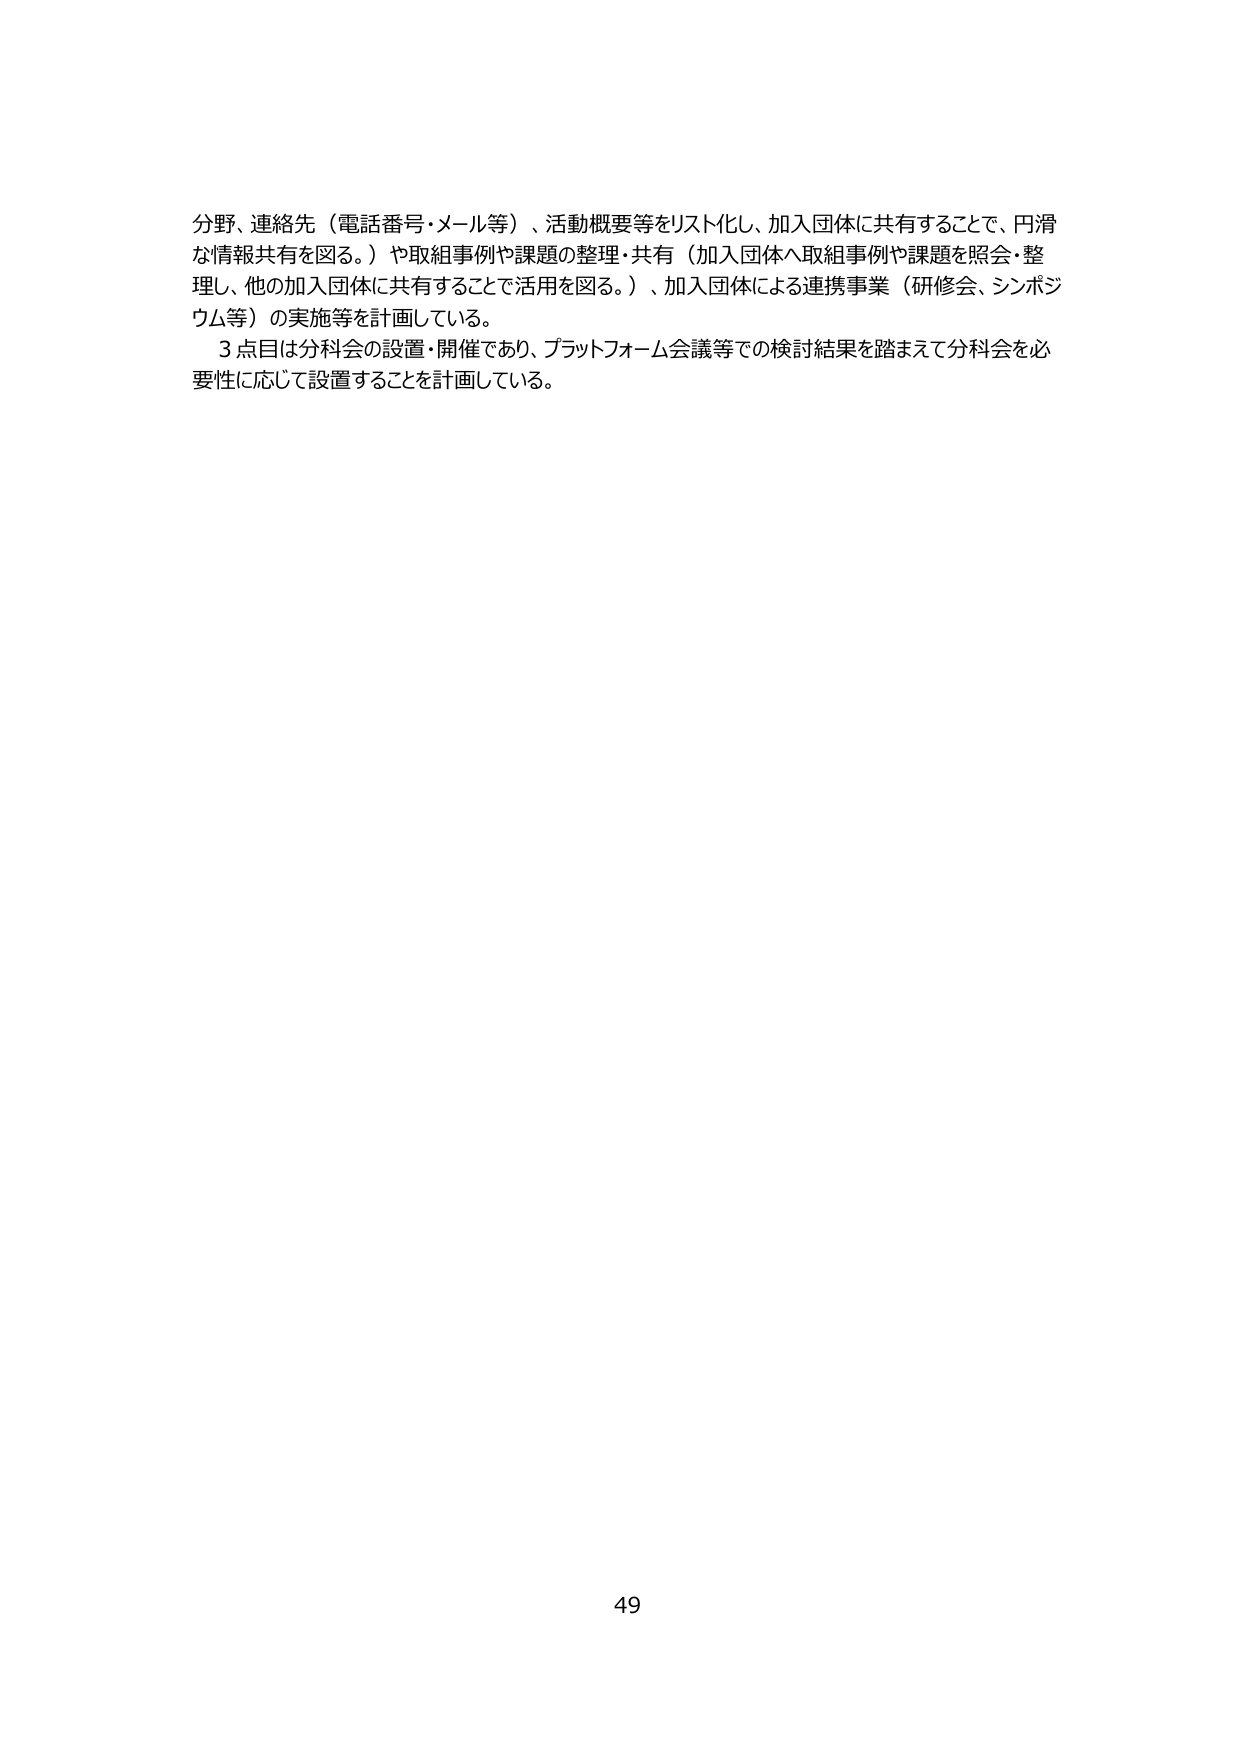
分野、連絡先（電話番号・メール等）、活動概要等をリスト化し、加入団体に共有することで、円滑な情報共有を図る。）や取組事例や課題の整理・共有（加入団体へ取組事例や課題を照会・整理し、他の加入団体に共有することで活用を図る。）、加入団体による連携事業（研修会、シンポジウム等）の実施等を計画している。

3点目は分科会の設置・開催であり、プラットフォーム会議等での検討結果を踏まえて分科会を必要性に応じて設置することを計画している。

49